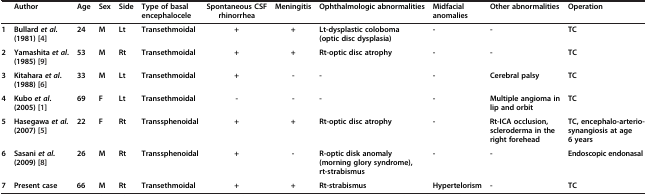
|  | Author | Age | Sex | Side | Type of basal encephalocele | Spontaneous CSF rhinorrhea | Meningitis | Ophthalmologic abnormalities | Midfacial anomalies | Other abnormalities | Operation |
 | --- | --- | --- | --- | --- | --- | --- | --- | --- | --- | --- | --- |
 | 1 | Bullard et al. (1981)[4] | 24 | M | Lt | Transethmoidal | + | + | Lt-dysplastic coloboma (optic disc dysplasia) | - | - | TC |
 | 2 | Yamashita et al. (1985)[9] | 53 | M | Rt | Transethmoidal | + | + | Rt-optic disc atrophy | - | - | TC |
 | 3 | Kitahara et al. (1988)[6] | 33 | M | Lt | Transethmoidal | + | - | - | - | Cerebral palsy | TC |
 | 4 | Kubo et al. (2005)[1] | 69 | F | Lt | Transethmoidal | - | - | - | - | Multiple angioma in lip and orbit | TC |
 | 5 | Hasegawa et al. (2007)[5] | 22 | F | Rt | Transsphenoidal | + | + | Rt-optic disc atrophy | - | Rt-ICA occlusion, scleroderma in the right forehead | TC, encephalo-arterio-synangiosis at age 6 years |
 | 6 | Sasani et al. (2009)[8] | 26 | M | Rt | Transsphenoidal | + | - | R-optic disk anomaly (morning glory syndrome), rt-strabismus | - | - | Endoscopic endonasal |
 | 7 | Present case | 66 | M | Rt | Transethmoidal | + | + | Rt-strabismus | Hypertelorism | - | TC |